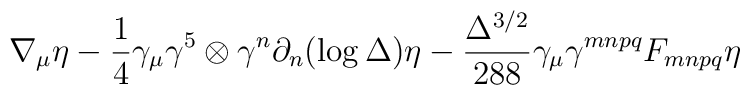
\nabla_{\mu} \eta - \frac {1}{4} \gamma_{\mu} \gamma^5 \otimes \gamma^{n} \partial_n (\log \Delta) \eta - \frac {\Delta^{3/2}}{288} \gamma_{\mu} \gamma^{mnpq} F_{mnpq} \eta \,